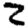
Digit: 2